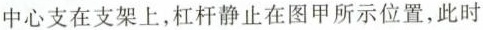
中心支在支架上，杠杆静止在图甲所示位置，此时